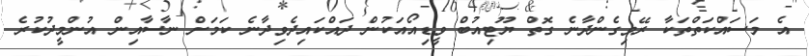
އެ މަސައްކަތްތަކާ ރޭވިގެންދާނެ ގޮތް ޔޫޓިއުބް ވީޑިއޯއަކުން ދައްކައިދެވިދާނެ ކަމަށް ނާސާއިން އުންމީދުކުރެ